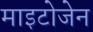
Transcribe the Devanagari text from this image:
माइटोजेन